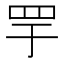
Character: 𬙘